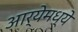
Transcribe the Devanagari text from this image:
आर्येमध्ये